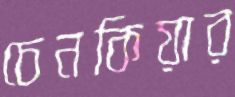
চেনকিয়ার